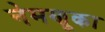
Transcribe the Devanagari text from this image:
नेमणूका